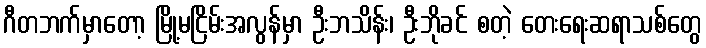
ဂီတဘက်မှာတော့ မြို့မငြိမ်းအလွန်မှာ ဦးဘသိန်း၊ ဦးဘိုခင် စတဲ့ တေးရေးဆရာသစ်တွေ